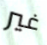
غير